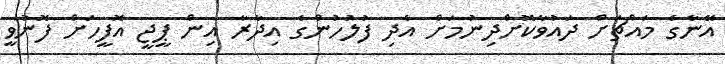
އޭނާގެ މައްޗަށް ދައުވާކޮށްދިނުމަށް އެދި ފުލުހުންގެ އިދާރާ އިން ޕީޖީ އޮފީހަށް ފޮނުވީ